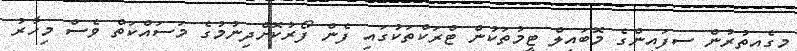
މީގެއިތުރުން ސިފައިންގެ މޮބައިލް ޓީމުތަކުން ޓްރަކްތަކުގައި ފެން ފޯރުކޮށްދިނުމުގެ މަސައްކަތް ވެސް މިހާރު